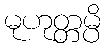
မုဟုတ္တမ္ပိ